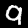
Digit: 9